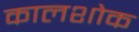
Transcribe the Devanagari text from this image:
कालशोक